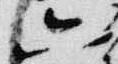
六